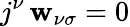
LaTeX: j^{\nu}\, \mathbf{w}_{\nu\sigma}=0